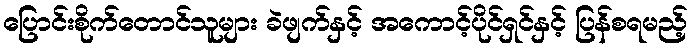
ပြောင်းစိုက်တောင်သူများ ခဲဖျက်နှင့် အကောင့်ပိုင်ရှင်နှင့် ပြန်စရမည့်